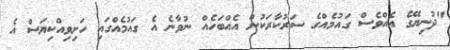
"ދުނިޔޭގެ އެއްވެސް ގައުމެއްގެ ސަރުކާރަކުން އެއްބަހެއް ނުވާނެ އެ ގައުމެއްގައި ހަށިވިއްކިޔަސް އެ